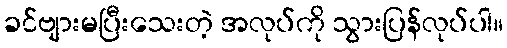
ခင်ဗျားမပြီးသေးတဲ့ အလုပ်ကို သွားပြန်လုပ်ပါ။